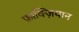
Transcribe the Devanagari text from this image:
फ़ाक्ज़ियान